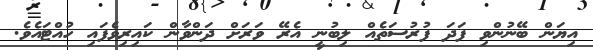
އިޔަން ބޭނުންވި ފަދަ ފުރުސަތެއް ލިބުނީ އެރޭ ވަރަށް ދަންވާން ކައިރިވެފައި ހުއްޓައެވެ.